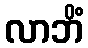
လာဘိံ